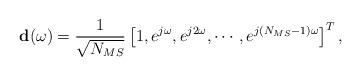
LaTeX: \begin{align*} \mathbf{d}(\omega) = \frac{1}{\sqrt{N_{MS}}}\left[ 1, e^{j\omega}, e^{j2\omega}, \cdots, e^{j(N_{MS}-1)\omega} \right]^T,\end{align*}